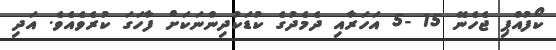
ކޯފުއްޕި ޖެހެނޭ 15 -5 އަހަރާއި ދެމެދުގެ ކުޑަކުދިންނަކަށް ފާހަގަ ކުރެވެއެވެ. އަދި